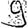
Digit: 9